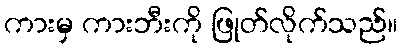
ကားမှ ကားဘီးကို ဖြုတ်လိုက်သည်။